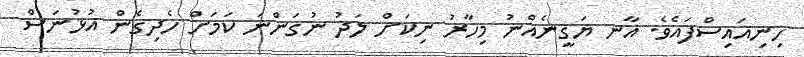
ހިނިއައިސްފައެވެ. އާނ ޔަގީނެއްނު މިހާރު ނިކަށް ލަދު ނުގަންނަ ކަމަށް ހެދިގެން އުޅުނަސް